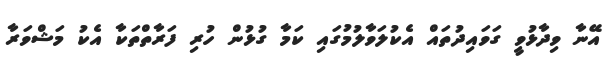
އޭނާ ވިދާޅުވީ ގަވައިދުތައް އެކުލަވާލުމުގައި ކަމާ ގުޅުން ހުރި ފަރާތްތަކާ އެކު މަޝްވަރާ